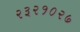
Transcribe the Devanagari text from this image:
२३२१०२७